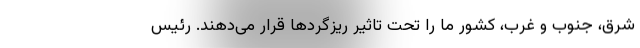
شرق، جنوب و غرب، کشور ما را تحت تاثیر ریزگردها قرار می‌دهند. رئیس